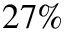
2 7 \%